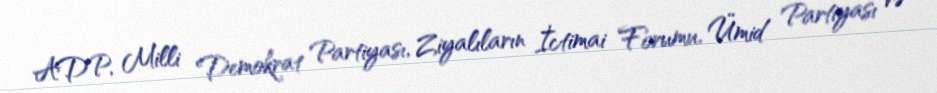
ADP, Milli Demokrat Partiyası, Ziyalıların İctimai Forumu, Ümid Partiyası və